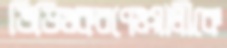
ভিডিওকরণেওয়ালীকে